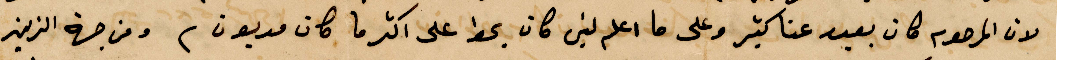
لان المرحوم كان بعيد عنا كثير وعلى ما اعلم لين كان يحط على اكثر ما كان مديون ومن جهة الزين